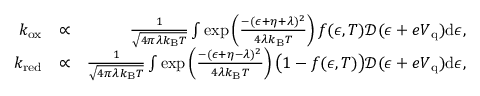
\begin{array} { r l r } { k _ { \mathrm { o x } } } & { \propto } & { \frac { 1 } { \sqrt { 4 \pi \lambda k _ { \mathrm { B } } T } } \int \exp \left( { \frac { - ( \epsilon + \eta + \lambda ) ^ { 2 } } { 4 \lambda k _ { \mathrm { B } } T } } \right) f ( \epsilon , T ) \mathcal { D } ( \epsilon + e V _ { \mathrm { q } } ) \mathrm { d } \epsilon , } \\ { k _ { \mathrm { r e d } } } & { \propto } & { \frac { 1 } { \sqrt { 4 \pi \lambda k _ { \mathrm { B } } T } } \int \exp \left( { \frac { - ( \epsilon + \eta - \lambda ) ^ { 2 } } { 4 \lambda k _ { \mathrm { B } } T } } \right) \big ( 1 - f ( \epsilon , T ) \big ) \mathcal { D } ( \epsilon + e V _ { \mathrm { q } } ) \mathrm { d } \epsilon , } \end{array}